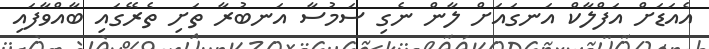
އެއަޑަށް އަފްލާކް އަނގައަށް ލާން ނެގި ސަމުސާ އަނބުރާ ތަށި ތެރޭގައި ބާއްވާފައި